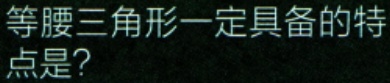
等腰三角形一定具备的特
点是?